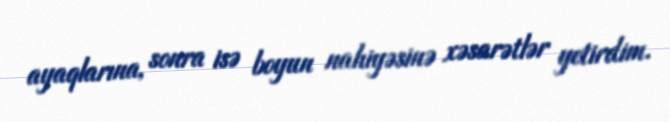
ayaqlarına, sonra isə boyun nahiyəsinə xəsarətlər yetirdim.